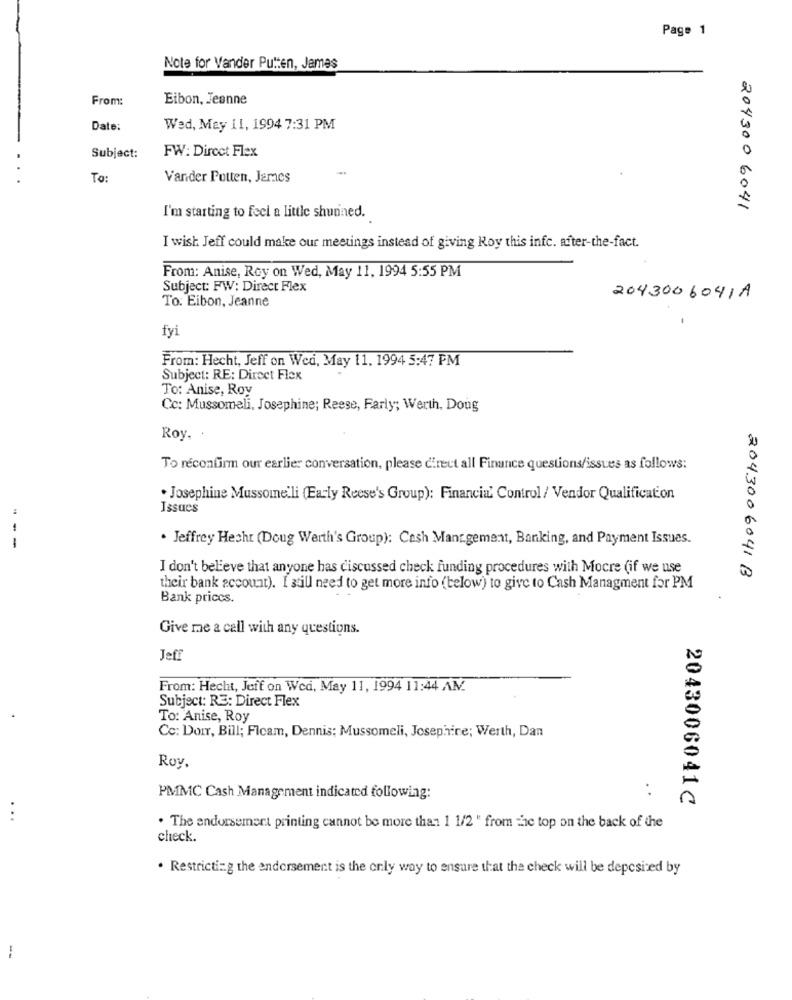
Page 1
Note for Vander Putten, James
From:
Eibon, Jeanne
Date:
Wed, May 11, 1994 7:31 PM
FW: Dircct Flex
Subject:
To:
Vander Putten, James
204300 6041
I'm starting to feel a little shunned.
I wish Jeff could make our meetings instead of giving Roy this infc. after-the-fact.
From: Anise, Roy on Wed, May 11, 1994 5:55 PM
Subject: FW: Direct Flex
To: Eibon, Jeanne
2043006041A
fyi
From: Hecht, Jeff on Wed, May 11, 1994 5:47 PM
Subject: RE: Direct Flex
To: Anise, Roy
Cc: Mussomeli, Josephine; Reese, Farly; Werth, Doug
Roy. .
To réconfirm our earlier conversation, please direct all Finance questions/issues as follows:
. Josephine Mussomeli (Early Reese's Group): Financia' Control / Vendor Qualification
Issues
. Jeffrey Hecht (Doug Werth's Group): Cash Mans.gement, Banking, and Payment Issues.
---
I don't believe that anyone has discussed check funding procedures with Mocre (if we use
2043006041 B
their bank account). I still need to get more info (below) to give to Cash Managment for PM
Bank priccs.
Give me a call with any questions.
Jeff
From: Hecht, Jeff on Wed, May 11, 1994 11:44 AN.
Subject: RE: Direct Flex
To: Anise, Roy
Cc: DoIT, Bill; Ficam, Dennis; Mussomeli, Josephine; Werth, Dan
Roy.
PMMC Cash Management indicated following:
2043006041C
...
. The endorsement printing cannot be more than 1 1/2 " from the top on the back of the
check.
. Restricting the endorsement is the only way to ensure that the check will be deposited by
--